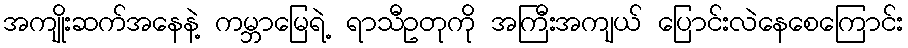
အကျိုးဆက်အနေနဲ့ ကမ္ဘာမြေရဲ့ ရာသီဥတုကို အကြီးအကျယ် ပြောင်းလဲနေစေကြောင်း